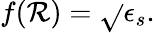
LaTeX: f(\mathcal{R})=\sqrt{}{{\epsilon_{s}}}.